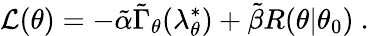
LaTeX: \mathcal{L}(\theta)=-\tilde{\alpha}\tilde{\Gamma}_{\theta}(\lambda_{\theta}^{*})+\tilde{\beta}R(\theta|\theta_{0})~.